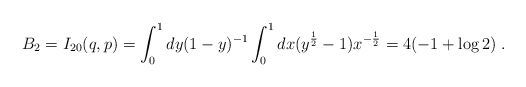
\begin{align*}B_2=I_{20} (q,p) = \int_0^1 dy (1-y)^{-1} \int_0^1 dx (y^{\frac12}-1)x^{-\frac12}= 4(-1+\log 2)\; .\end{align*}